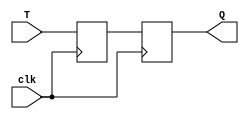
module TFF (
    input wire clk,
    input wire T,
    output reg Q
);

reg D1, D2;

always @ (posedge clk) begin
    D1 <= T;
    D2 <= D1;
end

assign Q = D2;

endmodule